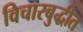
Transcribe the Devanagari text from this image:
विचारबुद्धीत